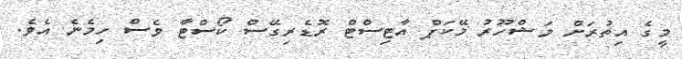
މީގެ އިތުރަށް މަޝްހޫރު މޭކަޕް އާޓިސްޓް ރޮޑެރިގޭސް ކޯސްޓާ ވެސް ހިމެނެ އެވެ.